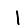
Digit: 1